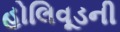
હોલિવૂડની